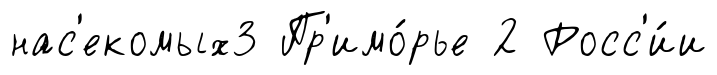
нас'екомых3 Пр'имо́рье 2 Росс'и́и